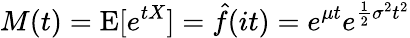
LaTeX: M(t)=\operatorname{E}[e^{tX}]={\hat{f}}(it)=e^{\mu t}e^{{\frac{1}{2}}\sigma^{2}t^{2}}